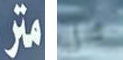
متر هل